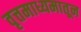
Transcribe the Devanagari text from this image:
वृत्तमाध्यमातून